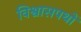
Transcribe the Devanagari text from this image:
विश्वासपथों